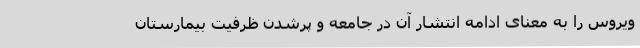
ویروس را به معنای ادامه انتشار آن در جامعه و پرشدن ظرفیت بیمارستان